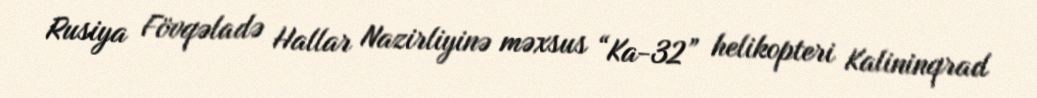
Rusiya Fövqəladə Hallar Nazirliyinə məxsus “Ka-32” helikopteri Kalininqrad